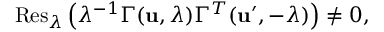
\mathrm { R e s } _ { \lambda } \left( \lambda ^ { - 1 } \Gamma ( { \bf u } , \lambda ) \Gamma ^ { T } ( { \bf u ^ { \prime } } , - \lambda ) \right) \ne 0 ,